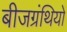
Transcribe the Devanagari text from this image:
बीजग्रंथियों